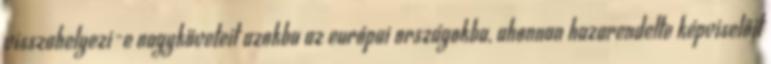
visszahelyezi-e nagyköveteit azokba az európai országokba, ahonnan hazarendelte képviselőit